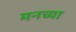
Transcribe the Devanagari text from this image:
मनच्या